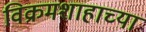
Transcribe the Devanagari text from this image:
विक्रमशाहाच्या